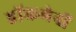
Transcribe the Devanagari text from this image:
हाॅकमेनों